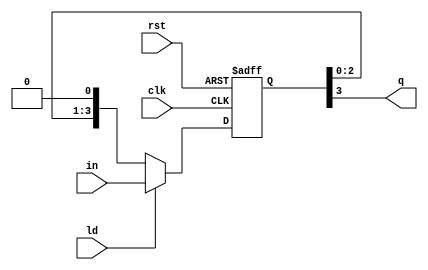
module piso(clk, rst, ld, in, q);
    input clk, rst, ld;
    input [3:0] in;
    output q;

    reg [3:0] d_ff;

    always@(posedge clk, negedge rst)begin
        if(!rst) d_ff <= 4'b0;
        else begin
            if(ld) d_ff <= in; //Load
            else d_ff <= {d_ff[2:0], 1'b0}; //Read
        end
    end

    assign q  = d_ff[3];
endmodule